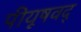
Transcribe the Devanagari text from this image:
पीयूषवद्